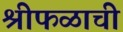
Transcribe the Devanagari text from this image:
श्रीफळाची